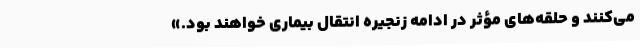
می‌کنند و حلقه‌های مؤثر در ادامه زنجیره انتقال بیماری خواهند بود.»